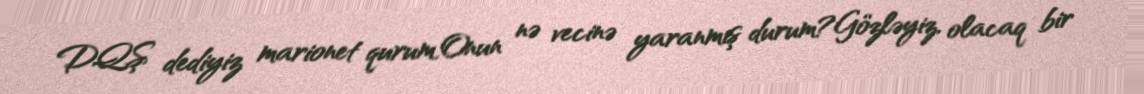
DQŞ dediyiz marionet qurum,Onun nə vecinə yaranmış durum?Gözləyiz, olacaq bir